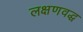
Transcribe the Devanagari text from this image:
लक्षणवद्ध